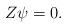
LaTeX: \begin{align*}Z \psi =0.\end{align*}